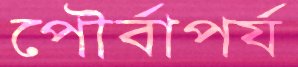
পৌর্বাপর্য